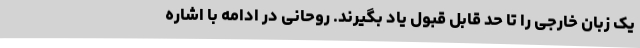
یک زبان خارجی را تا حد قابل قبول یاد بگیرند. روحانی در ادامه با اشاره